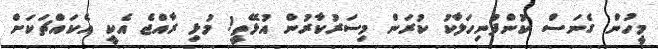
މީހުން ގެނަސް ކުންފުނިހަލާކު ކުރަން މިސަރުކާރުން އުޅޭތީ! މުޅި ރާއްޖެ އެކީ އެކައްޗަކަށް